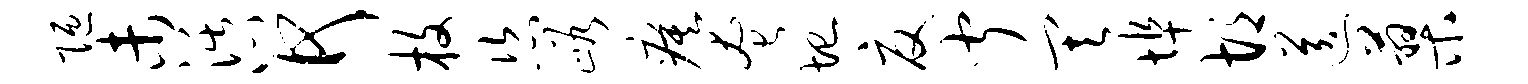
陋未活心何枚恣峪瘼奄圮夏闻其埠胡送蓼